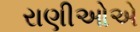
રાણીઓએ